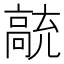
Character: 𲌗